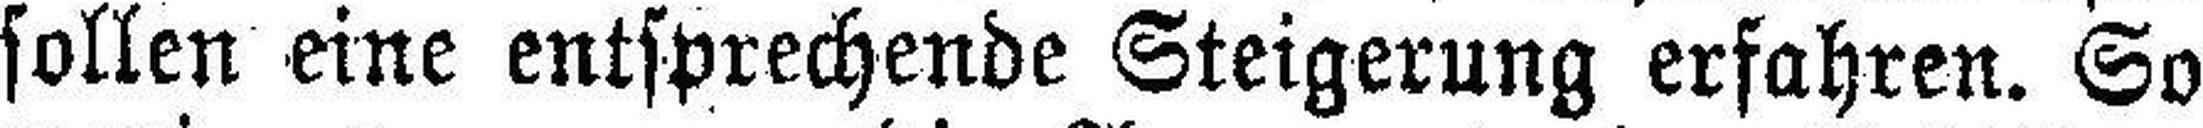
sollen eine entsprechende Steigerung erfahren. So